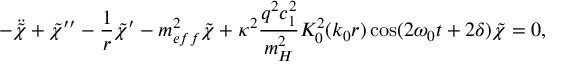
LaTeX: - \ddot { \tilde { \chi } } + \tilde { \chi } ^ { \prime \prime } - \frac { 1 } { r } \tilde { \chi } ^ { \prime } - m _ { e f f } ^ { 2 } \tilde { \chi } + \kappa ^ { 2 } \frac { q ^ { 2 } c _ { 1 } ^ { 2 } } { m _ { H } ^ { 2 } } K _ { 0 } ^ { 2 } ( k _ { 0 } r ) \cos ( 2 \omega _ { 0 } t + 2 \delta ) \tilde { \chi } = 0 ,